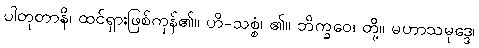
ပါတုတာနိ၊ ထင်ရှားဖြစ်ကုန်၏။ ဟိ-သစ္စံ၊ ၏။ ဘိက္ခဝေ၊ တို့။ မဟာသမုဒ္ဒေ၊